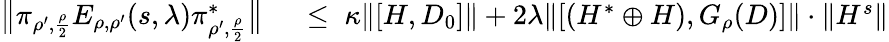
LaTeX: \begin{array}{rl}{\big\| \pi_{\rho^{\prime},\frac{\rho}{2}}E_{\rho,\rho^{\prime}}(s,\lambda)\pi_{\rho^{\prime},\frac{\rho}{2}}^{*}\big\| }&{{}\; \leq\; \kappa\| [H,D_{0}]\| +2\lambda\| [(H^{*}\oplus H),G_{\rho}(D)]\| \cdot\| H^{s}\| }\end{array}